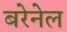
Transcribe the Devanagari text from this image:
बरेनेल